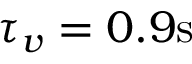
{ \tau _ { v } } = 0 . 9 \mathrm { s }